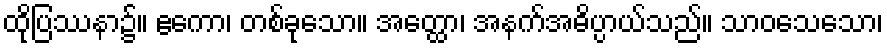
ထိုပြဿနာ၌။ ဧကော၊ တစ်ခုသော။ အတ္ထော၊ အနက်အဓိပ္ပာယ်သည်။ သာဝသေသော၊